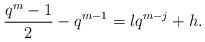
LaTeX: \begin{align*}\frac{q^m-1}{2}-q^{m-1}=lq^{m-j}+h.\end{align*}